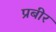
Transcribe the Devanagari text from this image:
प्रबीर